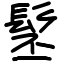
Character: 髬